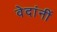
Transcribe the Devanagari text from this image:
वेदांनीं